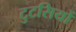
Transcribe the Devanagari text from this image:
टुटसियों